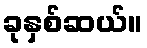
ခုနှစ်ဆယ်။